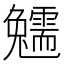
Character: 𩆟